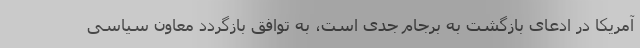
آمریکا در ادعای بازگشت به برجام جدی است، به توافق بازگردد معاون سیاسی